Civil Veterinary Dept. Assam report 1927-50 - 1927-1950
Year: 1927
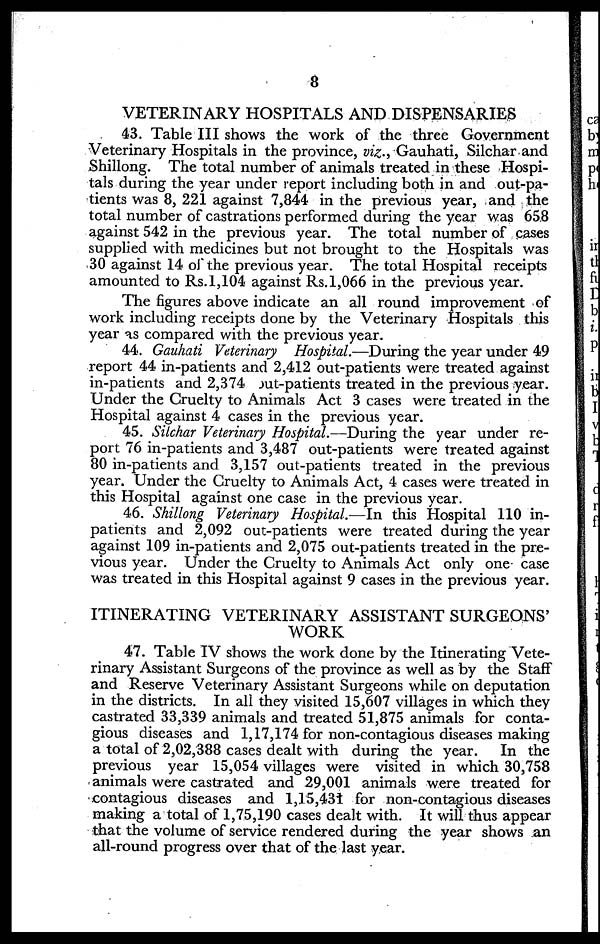
8
VETERINARY HOSPITALS AND DISPENSARIES
43. Table III shows the work of the three Government
Veterinary Hospitals in the province, viz., Gauhati, Silchar and
Shillong. The total number of animals treated in these Hospi-
tals during the year under report including both in and out-pa-
tients was 8, 221 against 7,844 in the previous year, and the
total number of castrations performed during the year was 658
against 542 in the previous year. The total number of cases
supplied with medicines but not brought to the Hospitals was
30 against 14 of the previous year. The total Hospital receipts
amounted to Rs.1,104 against Rs.1,066 in the previous year.
The figures above indicate an all round improvement of
work including receipts done by the Veterinary Hospitals this
year as compared with the previous year.
44. Gauhati Veterinary Hospital.—During the year under 49
report 44 in-patients and 2,412 out-patients were treated against
in-patients and 2,374 jut-patients treated in the previous year.
Under the Cruelty to Animals Act 3 cases were treated in the
Hospital against 4 cases in the previous year.
45. Silchar Veterinary Hospital.—During the year under re-
port 76 in-patients and 3,487 out-patients were treated against
80 in-patients and 3,157 out-patients treated in the previous
year. Under the Cruelty to Animals Act, 4 cases were treated in
this Hospital against one case in the previous year.
46. Shillong Veterinary Hospital.—In this Hospital 110 in-
patients and 2,092 out-patients were treated during the year
against 109 in-patients and 2,075 out-patients treated in the pre-
vious year. Under the Cruelty to Animals Act only one case
was treated in this Hospital against 9 cases in the previous year.
ITINERATING VETERINARY ASSISTANT SURGEONS'
WORK
47. Table IV shows the work done by the Itinerating Vete-
rinary Assistant Surgeons of the province as well as by the Staff
and Reserve Veterinary Assistant Surgeons while on deputation
in the districts. In all they visited 15,607 villages in which they
castrated 33,339 animals and treated 51,875 animals for conta-
gious diseases and 1,17,174 for non-contagious diseases making
a total of 2,02,388 cases dealt with during the year. In the
previous year 15,054 villages were visited in which 30,758
animals were castrated and 29,001 animals were treated for
contagious diseases and 1,15,431 for non-contagious diseases
making a total of 1,75,190 cases dealt with. It will thus appear
that the volume of service rendered during the year shows an
all-round progress over that of the last year.